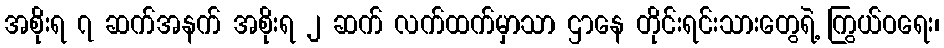
အစိုးရ ၇ ဆက်အနက် အစိုးရ ၂ ဆက် လက်ထက်မှာသာ ဌာနေ တိုင်းရင်းသားတွေရဲ့ ကြွယ်ဝရေး၊